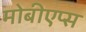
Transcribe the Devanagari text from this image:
मोबीएप्स